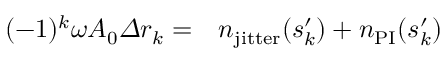
\begin{array} { r l } { ( - 1 ) ^ { k } \omega A _ { 0 } \varDelta r _ { k } = } & { { } n _ { \mathrm { j i t t e r } } ( s _ { k } ^ { \prime } ) + n _ { \mathrm { P I } } ( s _ { k } ^ { \prime } ) } \end{array}